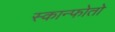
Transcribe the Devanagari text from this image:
स्कान्फोतो